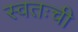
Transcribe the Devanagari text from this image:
स्वतःची